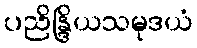
ပညိန္ဒြိယသမုဒယံ